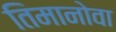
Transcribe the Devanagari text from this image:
तिमानोवा